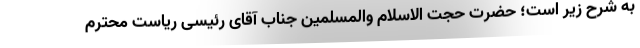
به شرح زیر است؛ حضرت حجت الاسلام والمسلمین جناب آقای رئیسی ریاست محترم